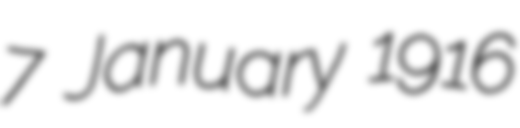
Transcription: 7 January 1916